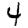
Digit: 4